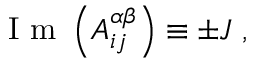
\mathrm { ~ I ~ m ~ } \left( A _ { i j } ^ { \alpha \beta } \right) \equiv \pm J \; ,